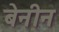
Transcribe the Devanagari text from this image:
बेनीन